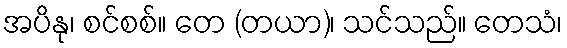
အပိနု၊ စင်စစ်။ တေ (တယာ)၊ သင်သည်။ တေသံ၊